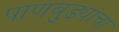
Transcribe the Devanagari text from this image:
पाणबुड्यांचा